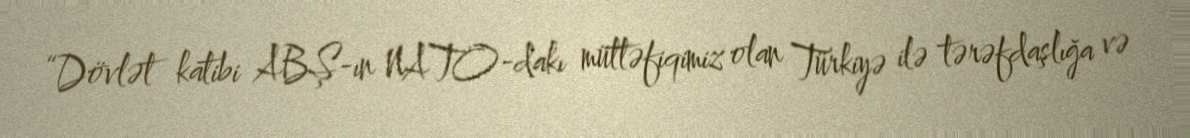
“Dövlət katibi ABŞ-ın NATO-dakı müttəfiqimiz olan Türkiyə ilə tərəfdaşlığa və